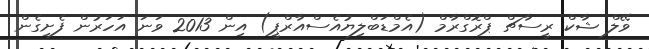
ވޭލް ޝާކް ރީސާޗް ޕްރޮގްރާމް (އެމްޑަބްލިޔުއެސްއާރްޕީ) އިން 2013 ވަނަ އަހަރުން ފެށިގެން